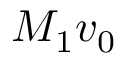
M _ { 1 } \boldsymbol { v } _ { 0 }